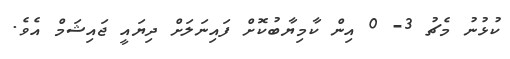
ކުޅުނު މެޗު 3- 0 އިން ކާމިޔާބުކޮށް ފައިނަލަށް ދިޔައީ ޖައިޝަމް އެވެ.